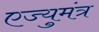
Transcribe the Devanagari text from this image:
एज्युमंत्र